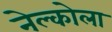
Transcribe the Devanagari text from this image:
नेल्कोला